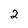
Character: 2